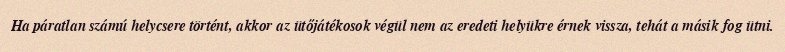
Ha páratlan számú helycsere történt, akkor az ütőjátékosok végül nem az eredeti helyükre érnek vissza, tehát a másik fog ütni.